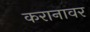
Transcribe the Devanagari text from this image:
करानावर